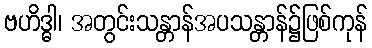
ဗဟိဒ္ဓါ၊ အတွင်းသန္တာန်အပသန္တာန်၌ဖြစ်ကုန်